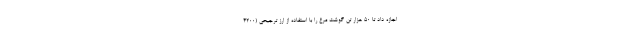
اجازه داد تا ۵۰ هزار تن گوشت مرغ را با استفاده از ارز ترجیحی (۴۲۰۰